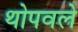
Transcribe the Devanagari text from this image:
थोपवले